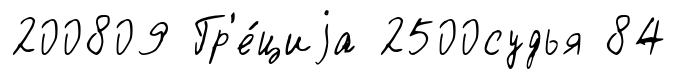
200809 Гр'е́циjа 2500судья 84